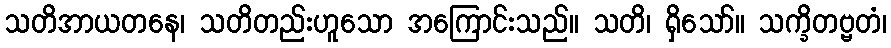
သတိအာယတနေ၊ သတိတည်းဟူသော အကြောင်းသည်။ သတိ၊ ရှိသော်။ သက္ခိတဗ္ဗတံ၊